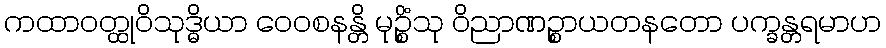
ကထာဝတ္ထုဝိသုဒ္ဓိယာ ဝေဝစနန္တိ မုဉ္စိံသု ဝိညာဏဉ္စာယတနတော ပက္ခန္တရမာဟ